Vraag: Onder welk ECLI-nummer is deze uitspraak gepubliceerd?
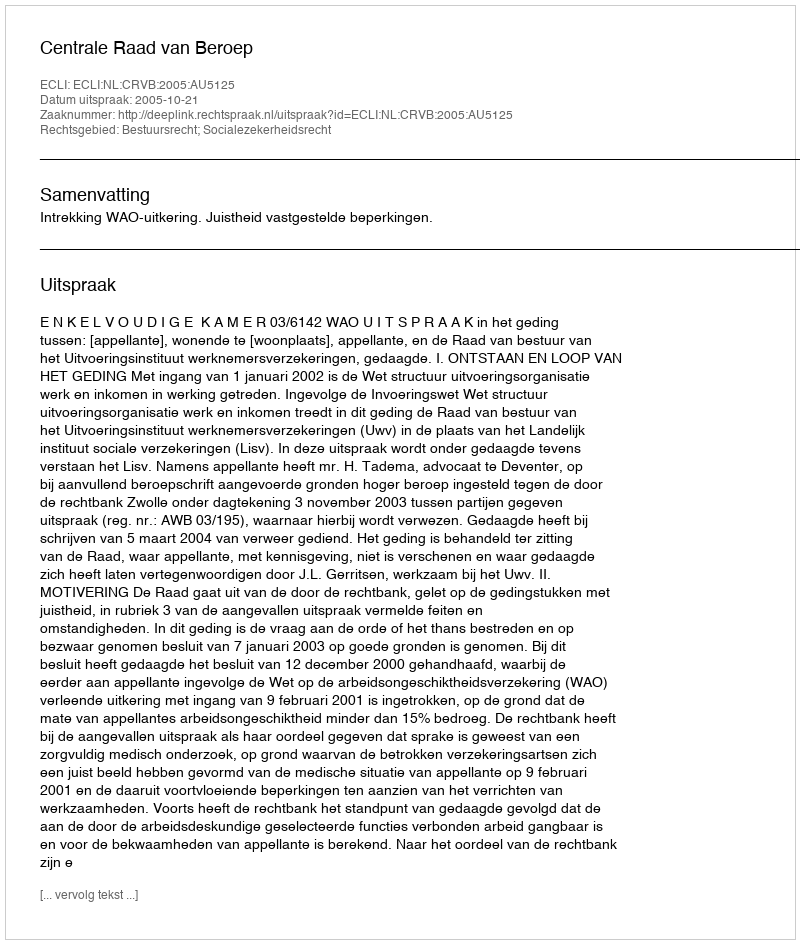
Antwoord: ECLI:NL:CRVB:2005:AU5125